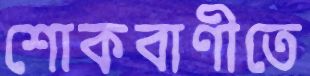
শোকবাণীতে